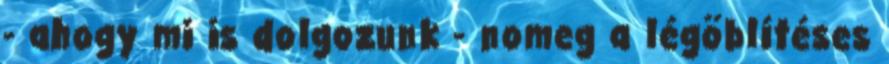
- ahogy mi is dolgozunk - nomeg a légöblítéses